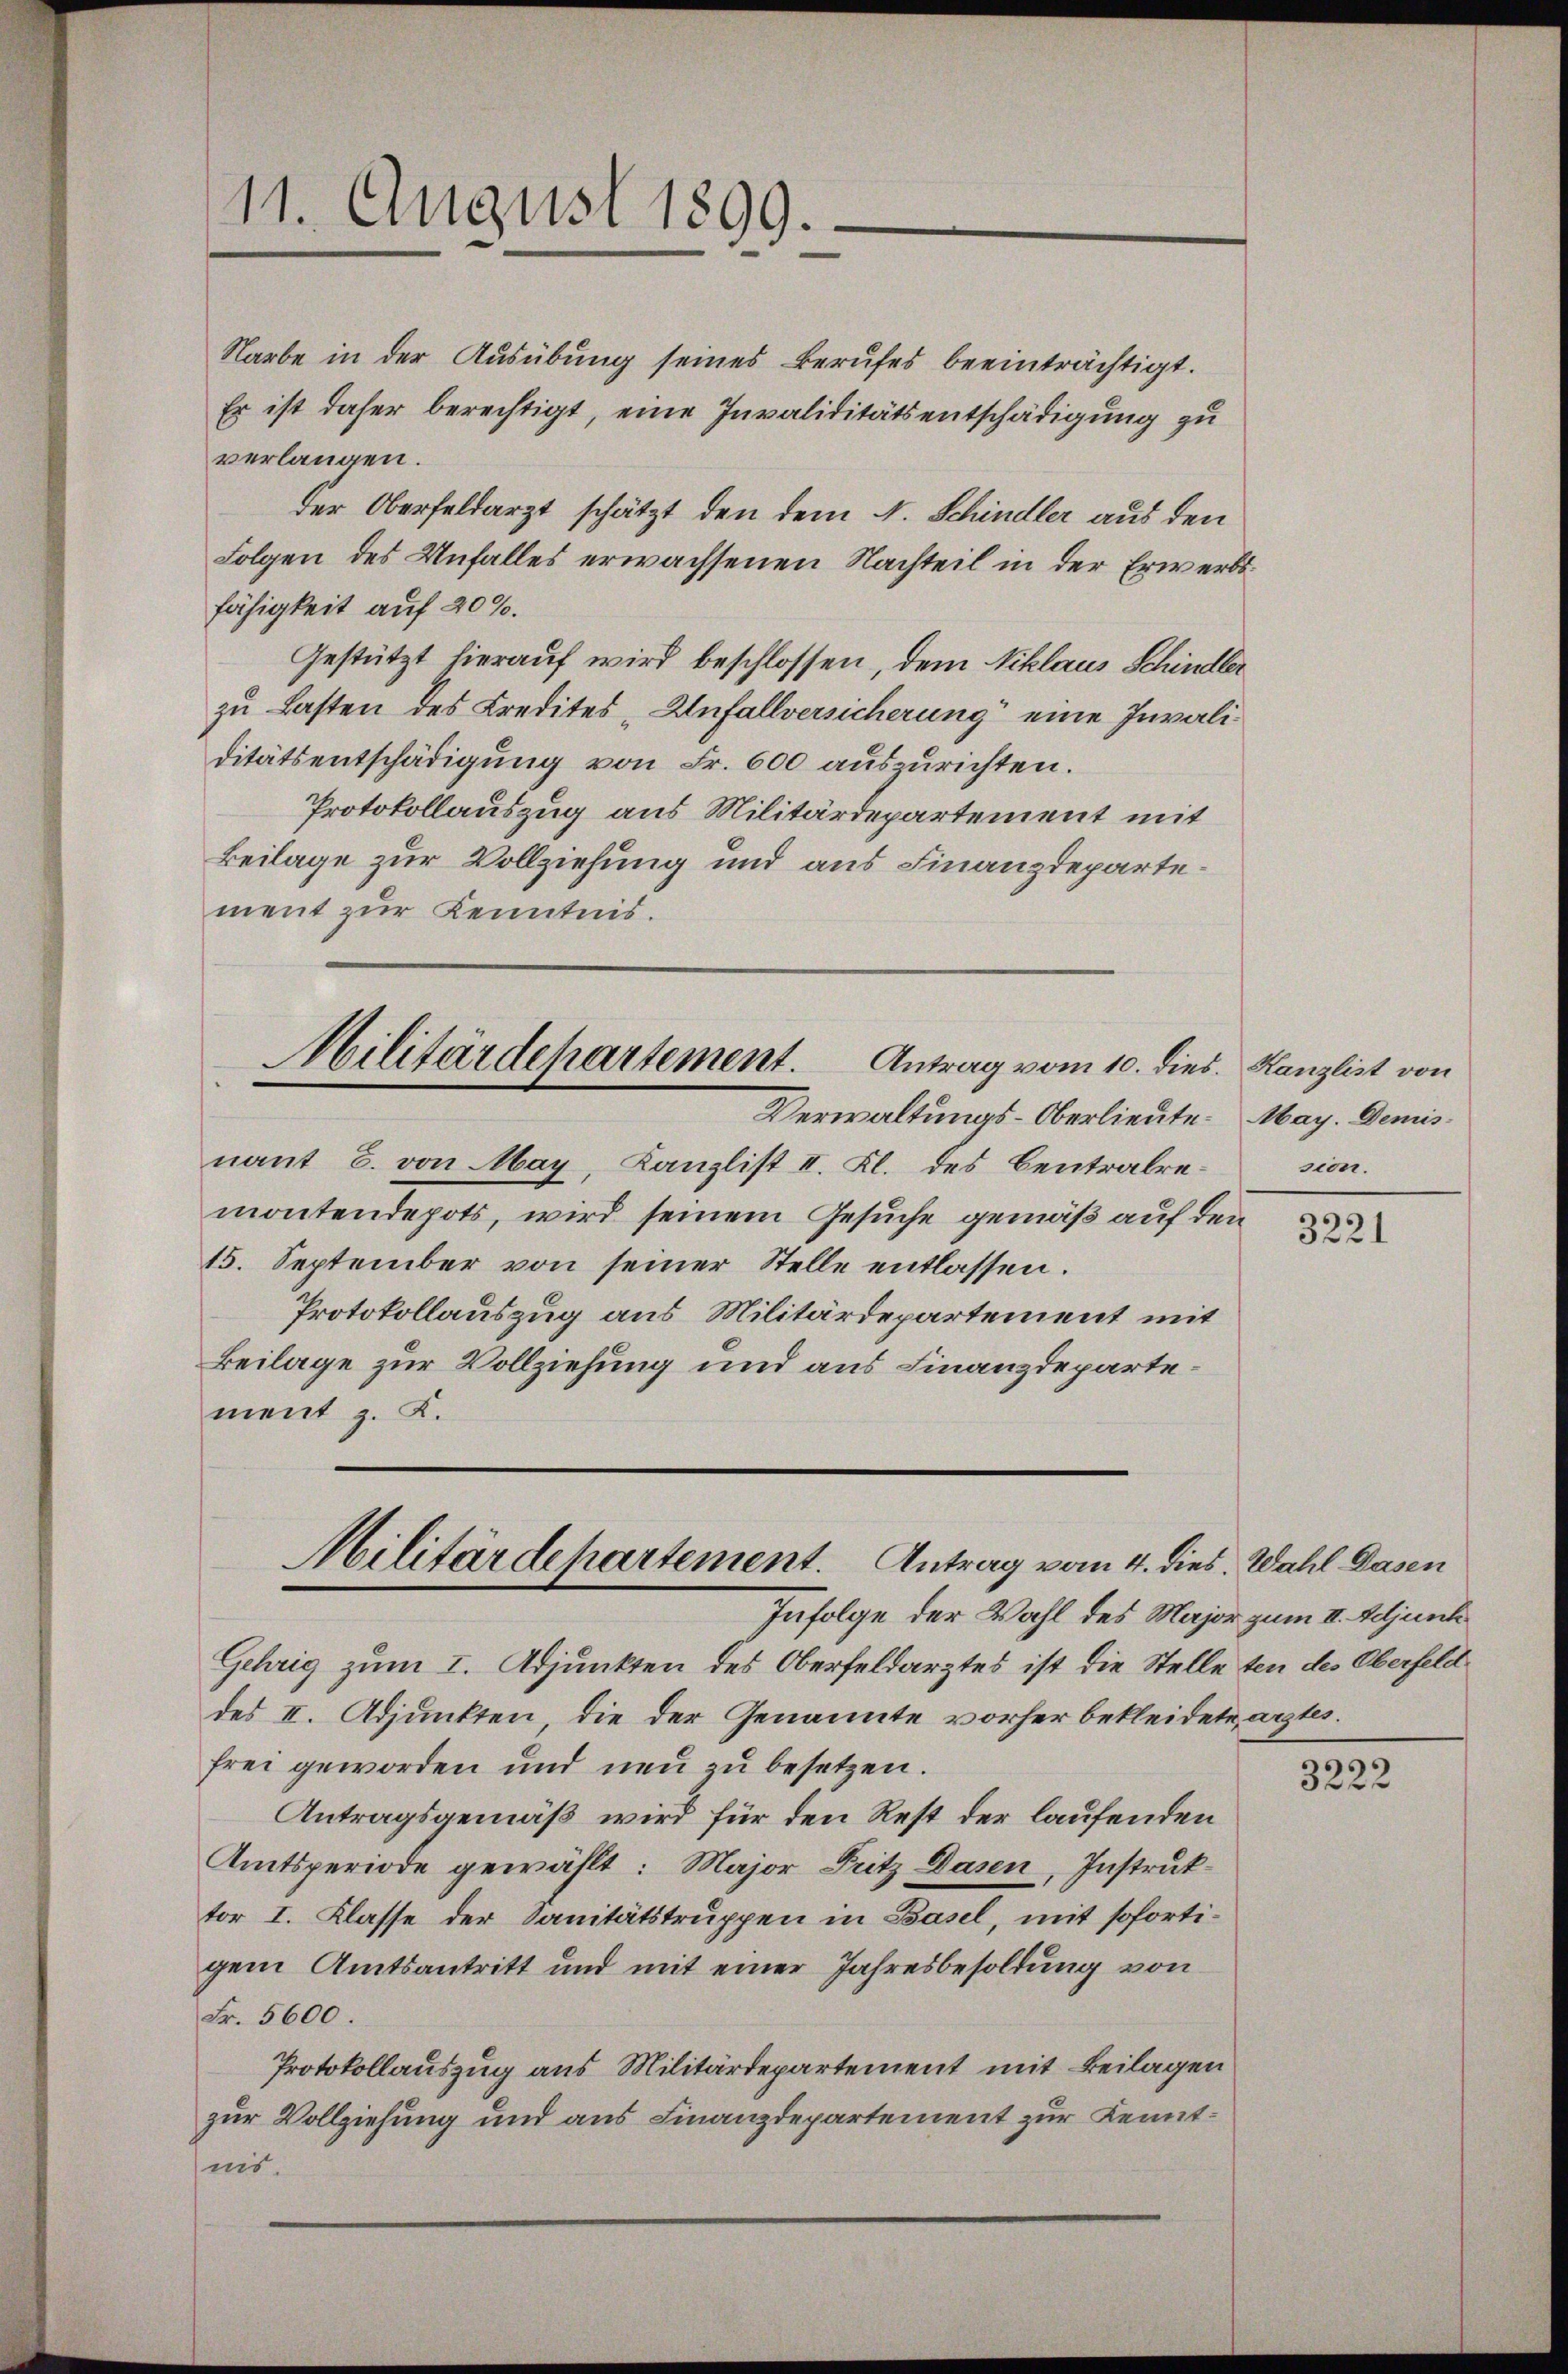
11. August 1899.

Narbe in der Ausübung seines Berufes beeinträchtigt.
Er ist daher berechtigt, eine Invaliditätsentschädigung zu
verlangen.
der Oberfeldarzt schätzt den dem N. Schindler aus den
Folgen des Unfalles erwachsenen Nachteil in der Erwerbsfähigkeit auf 20%.
Gestützt hierauf wird beschlossen, dem Niklaus Schindler
zu Lasten des Kredites - Anfallversicherung eine Invaliditätsentschädigung von Fr. 600 auszurichten.
Protokollauszug aus Militärdepartement mit
Beilage zur Vollziehung und aus Finanzdepartement zur Kenntnis.
Militärdepartement. Antrag vom 10. dies. Kanzlist von
Verwaltungs-Oberlieute. May. Demis
nant C. von May, Kanzlist II. Kl. des Centralre¬

montendepots, wird seinem Gesuche gemäß auf den
15. September von seiner Stelle entlassen.
Protokollauszug aus Militärdepartement mit
Beilage zur Vollziehung und aus Finanzdepartement z. K.

Militärdepartement. Antrag vom 4. dies. Wahl Dasen

Infolge der Wahl des Major zum II. Adjunk
Gehrig zum I. Adjunkten des Oberfeldarztes ist die Stelle ten des Oberfeld
des II. Adjunkten, die der Genannte vorher bekleidete arztes.
frei geworden und neu zu besetzen.
Antragsgemäß wird für den Rest der laufenden
Amtsperiode gewählt: Major Fritz Dasen, Instruktor I. Klasse der Sanitätstruppen in Basel, mit sofortigem Amtsantritt und mit einer Jahresbesoldung von
Fr. 5600.
Protokollauszug aus Militärdepartement mit Beilagen
zur Vollziehung und aus Finanzdepartement zur Kenntnis.

mon.

3221

3222